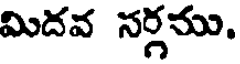
మిదవ సర్గము.